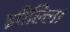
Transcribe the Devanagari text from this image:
झील्‍लि।